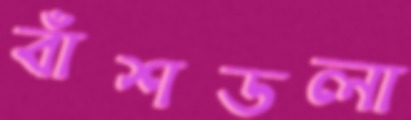
বাঁশডলা